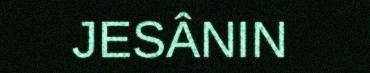
JESÂNIN